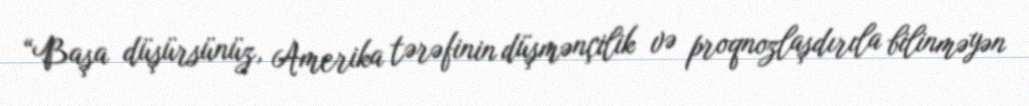
“Başa düşürsünüz, Amerika tərəfinin düşmənçilik və proqnozlaşdırıla bilinməyən